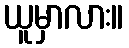
ယူမှာလား။